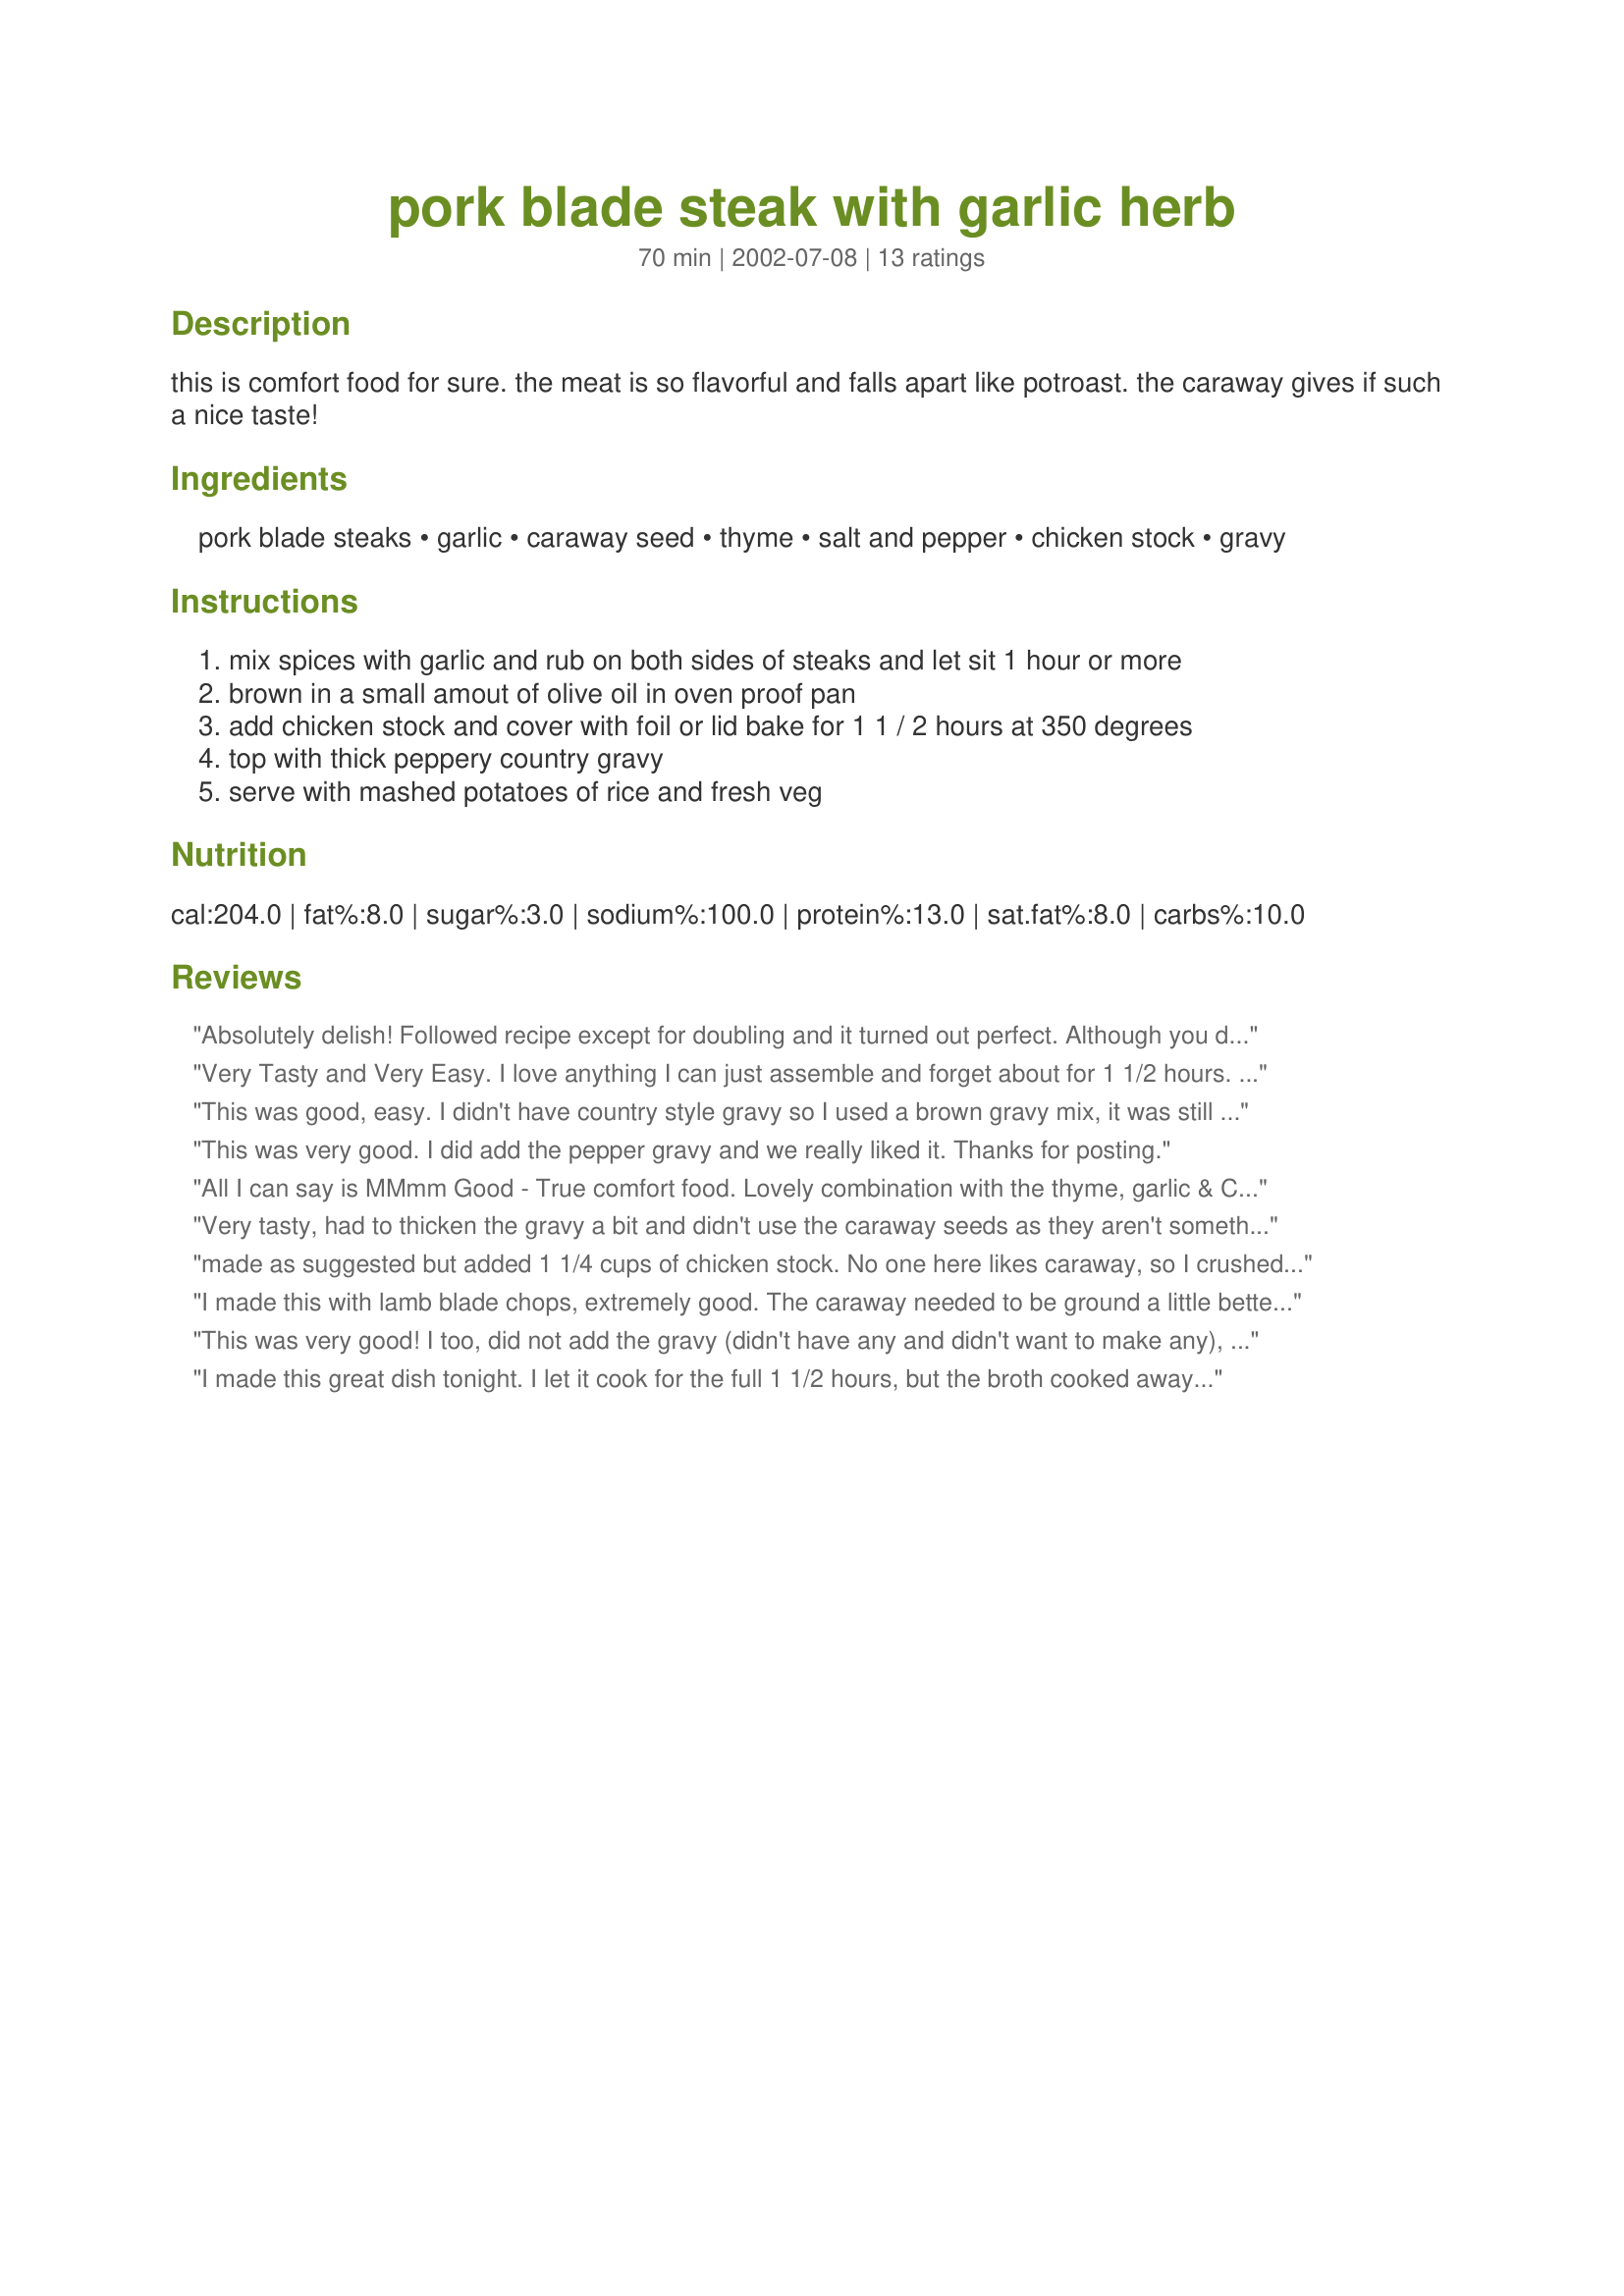
pork blade steak with garlic herb
Preparation time: 70 minutes

this is comfort food for sure. the meat is so flavorful and falls apart like potroast. the caraway gives if such a nice taste!

Ingredients:
pork blade steaks, garlic, caraway seed, thyme, salt and pepper, chicken stock, gravy

Steps:
mix spices with garlic and rub on both sides of steaks and let sit 1 hour or more
brown in a small amout of olive oil in oven proof pan
add chicken stock and cover with foil or lid bake for 1 1 / 2 hours at 350 degrees
top with thick peppery country gravy
serve with mashed potatoes of rice and fresh veg

Reviews:
Absolutely delish! Followed recipe except for doubling and it turned out perfect. Although you don't need the country gravy, it puts the dish over the top. Especially if you serve it with mashed potatoes or biscuits. Wonderful comfort food!
Very Tasty and Very Easy. I love anything I can just assemble and forget about for 1 1/2 hours. It was very tender. I have to admit though, this makes more than 4 servings for my house. I ate 1/2 a steak and that was even too much for a serving. I made the gravy, but also thought that was too much for the meal and can easily be omitted.
This was good, easy. I didn't have country style gravy so I used a brown gravy mix, it was still tasty. Thanks tamibic.
This was very good. I did add the pepper gravy and we really liked it. Thanks for posting.
All I can say is MMmm Good - True comfort food. Lovely combination with the thyme, garlic & Caraway. I didn't crush the caraway seeds. Served with new nugget potatoes that I fork mashed in the gravy, Cob of corn sprinkld with Cajun spice mix (no butter) and steamed carrots. Lovely dinner thanks tamibic
Very tasty, had to thicken the gravy a bit and didn't use the caraway seeds as they aren't something I don't like.
I will make this again..
easy to put in the oven and forget it...

made as suggested but added 1 1/4 cups of chicken stock. No one here likes caraway, so I crushed up mustard seeds. Mustard and pork always is a good combo and so was this experiment.
I made this with lamb blade chops, extremely good. The caraway needed to be ground a little better but it made a great flavor.
This was very good! I too, did not add the gravy (didn't have any and didn't want to make any), and I don't think it needed it. It was very tasty. My only problem (and this is not the recipe's fault, it's mine) was that I cut this recipe down to feed one, and after an hour my broth was cooked away. If you are going to cut it down I'd add more broth so it doesn't happen. I took them out after an hour and the pork was already pretty tender so I can imagine how great they'd be cooked the entire time, but I had to get it out of the oven since the broth was gone. Also, since the broth was gone, the bottom of my steak crisped up a bit, as did the bits on the bottom of the pan, but I removed the steak and put the pan back on the stove, added a bit more broth, scraped up the browned bits and it made a wonderful sauce to drizzle over. I will probably make this again - thanks for posting!
I made this great dish tonight. I let it cook for the full 1 1/2 hours, but the broth cooked away. Next time I make this I'll add more broth to the baking pan. To save time, I used a packet of country-style gravy mix instead of making it from scratch. We really loved the taste of the gravy over the pork steaks, and my husband even poured some over his potatoes as well. I'll definitely make this many times again. Thanks for this recipe!
"To cry for" delicious! It's fall-apart moist/tender, and full of flavor. I've made this several times now, using my cast iron skillet/lid . . wonderful! The peppered country gravy (I used McCormick's packaged) was great, but not necessary, IMO. I use one 14 oz. can chicken broth vs. one cup so that I can make gravy from the broth/drippings. This is sooo good, a regular around here now. Thanks for posting, tamibic!
Very good. I didn&#039;t use some of the ingredients..caraway or thyme because I don&#039;t care for those spices...nor did I use the country gravy. I added brown sugar &amp; a splash of Worcestershire to the spice rub and baked them as directed. Served with a side of sour cream &amp; chive pasta. Yum!
The pork steaks were falling apart tender by the time they were done, and delicious. I didn't use country gravy; the chicken stock with the garlic and other spices made a nice juice to drizzle over the steaks. Served with crusty bread to soak up the juices.
